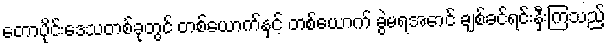
တောပိုင်းဒေသတစ်ခုတွင် တစ်ယောက်နှင့် တစ်ယောက် ခွဲမရအောင် ချစ်ခင်ရင်းနှီးကြသည့်